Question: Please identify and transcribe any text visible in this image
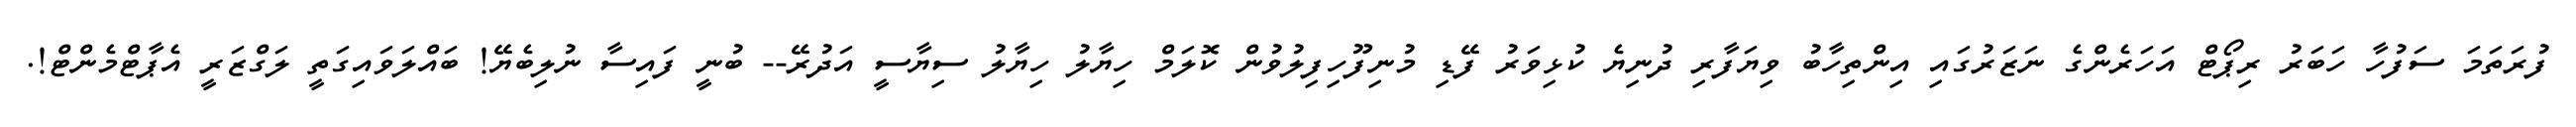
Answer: ފުރަތަމަ ސަފުހާ ހަބަރު ރިޕޯޓް އަހަރެންގެ ނަޒަރުގައި އިންތިހާބު ވިޔަފާރި ދުނިޔެ ކުޅިވަރު ފޭޑި މުނިފޫހިފިލުވުން ކޮލަމް ހިޔާލު ހިޔާލު ސިޔާސީ އަދުރޭ-- ބުނީ ފައިސާ ނުލިބެޔޭ! ބައްލަވައިގަތީ ލަގްޒަރީ އެޕާޓްމެންޓް!.